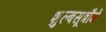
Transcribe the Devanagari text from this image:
शुल्बसूत्रौंमें